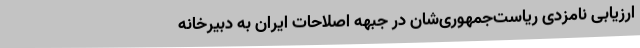
ارزیابی نامزدی ریاست‌جمهوری‌شان در جبهه اصلاحات ایران به دبیرخانهٔ